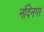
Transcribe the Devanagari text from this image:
नंदिनगर